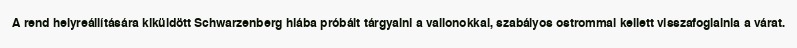
A rend helyreállítására kiküldött Schwarzenberg hiába próbált tárgyalni a vallonokkal, szabályos ostrommal kellett visszafoglalnia a várat.